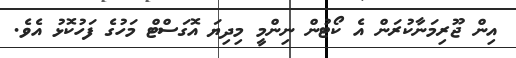
އިން ޖޫރިމަނާކުރަން އެ ކޯޓުން ނިންމީ މިދިޔަ އޮގަސްޓް މަހުގެ ފަހުކޮޅު އެވެ.